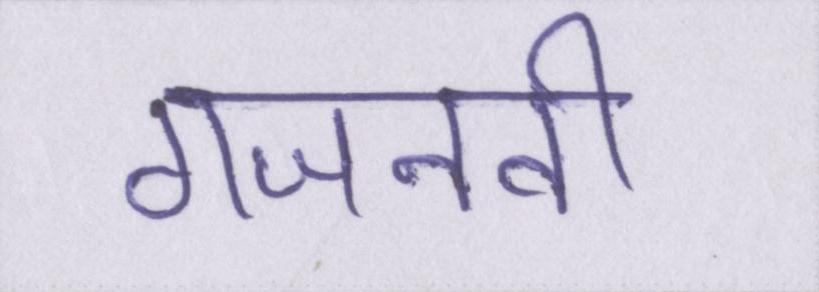
गजनवी